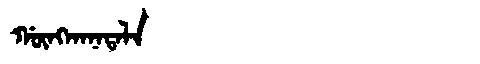
Manchu: ᡤᡡᠩᡴᠠᠨᠠᡨᠠᠯᠠ
Romanization: GŪNGKANATALA